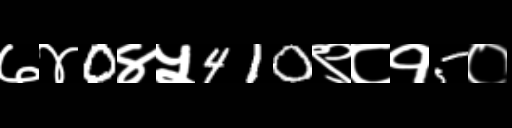
Text: ७४0४५410९८१5०